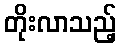
တိုးလာသည့်